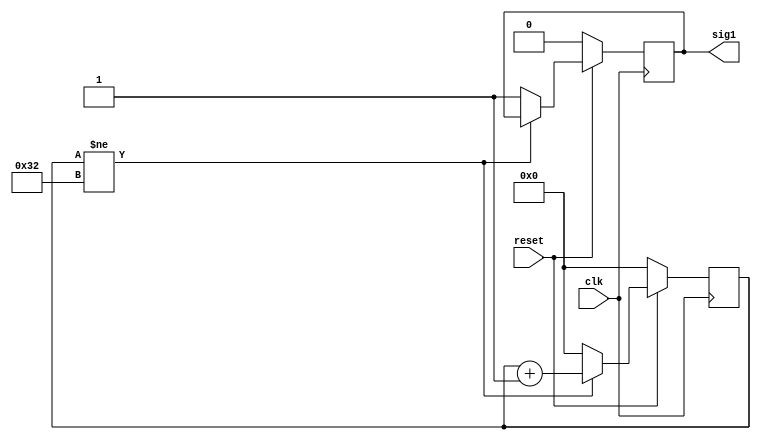
`default_nettype none
module make_sig1 (
    input wire clk,
    input wire reset,
    output reg sig1
);

reg [5:0] count;

always @(posedge clk) begin
    if (~reset) begin
        sig1 <= 1'b0;
        count <= 6'd0;
    end else if (count != 6'd50) begin
        count <= count + 6'b1;
    end else begin
        count <= 6'd0;
        sig1 <= 1'b1;
    end
end
endmodule

module make_sig2 (
    input wire clk,
    input wire reset,
    output reg sig2
);

reg [5:0] count;

always @(posedge clk) begin
    if (~reset) begin
        sig2 <= 1'b0;
        count <= 6'd0;
    end else if (count != 6'd25) begin
        count <= count + 6'b1;
    end else begin
        count <= 6'd0;
        sig2 <= ~sig2;
    end
end
endmodule

module make_exp1 (
    input wire clk,
    input wire reset,
    output reg [7:0] exp1
);

reg [6:0] count;

always @(posedge clk) begin
    if (~reset) begin
        exp1 <= 8'd0;
        count <= 7'b0;
    end else if (count == 7'd25) begin
        exp1 <= 8'd100;
        count <= count + 7'd1;
    end else if (count == 7'd75) begin
        exp1 <= 8'b11111111;
        count <= count + 7'd1;
    end else if (count > 7'd75) begin
        count <= count + 7'd1;
        exp1 <= exp1 - 8'd1;
    end else begin
        count <= count + 7'd1;
        exp1 <= exp1 + 8'd1;
    end
end 
endmodule

module make_exp2 (
    input wire clk,
    input wire reset,
    output reg [7:0] exp2
);

reg [6:0] count;

always @(posedge clk) begin
    if (~reset) begin
        exp2 <= 8'd100;
        count <= 7'b0;
    end else if (count == 7'd30) begin
        exp2 <= 8'd0;
        count <= count + 7'd1;
    end else if (count == 7'd60) begin
        exp2 <= 8'b11111111;
        count <= count + 7'd1;
    end else if (count > 7'd60) begin
        count <= count + 7'd1;
        exp2 <= exp2 - 8'd1;
    end else begin
        count <= count + 7'd1;
        exp2 <= exp2 + 8'd1;
    end
end 
endmodule

module make_fra1 (
    input wire clk,
    input wire reset,
    output reg [22:0] fra1
);

reg [6:0] count;

always @(posedge clk) begin
    if (~reset) begin
        fra1 <= 23'd0;
        count <= 7'b0;
    end else if (count == 7'd40) begin
        fra1 <= 23'd1000000;
        count <= count + 7'd1;
    end else if (count == 7'd70) begin
        fra1 <= 23'h7fffff;
        count <= count + 7'd1;
    end else if (count > 7'd70) begin
        count <= count + 7'd1;
        fra1 <= fra1 - 23'd1;
    end else begin
        count <= count + 7'd1;
        fra1 <= fra1 + 23'd1;
    end
end 
endmodule

module make_fra2 (
    input wire clk,
    input wire reset,
    output reg [22:0] fra2
);

reg [6:0] count;

always @(posedge clk) begin
    if (~reset) begin
        fra2 <= 23'd1234567;
        count <= 7'b0;
    end else if (count == 7'd25) begin
        fra2 <= 23'h7fffff;
        count <= count + 7'd1;
    end else if (count == 7'd50) begin
        fra2 <= 23'd0;
        count <= count + 7'd1;
    end else if (count > 7'd25 && count < 7'd50) begin
        count <= count + 7'd1;
        fra2 <= fra2 - 23'd1;
    end else begin
        count <= count + 7'd1;
        fra2 <= fra2 + 23'd1;
    end
end 
endmodule
`default_nettype wire